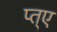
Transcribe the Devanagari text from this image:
प्त्ए